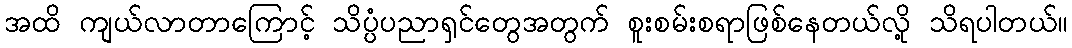
အထိ ကျယ်လာတာကြောင့် သိပ္ပံပညာရှင်တွေအတွက် စူးစမ်းစရာဖြစ်နေတယ်လို့ သိရပါတယ်။